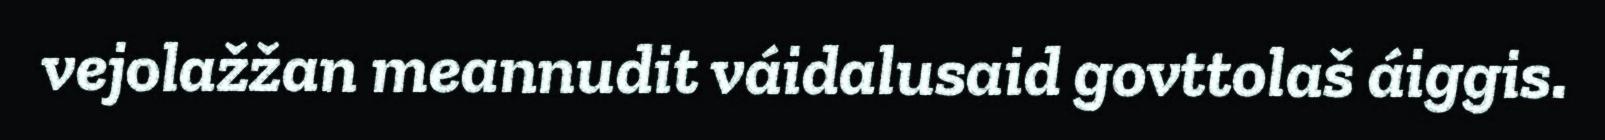
vejolažžan meannudit váidalusaid govttolaš áiggis.